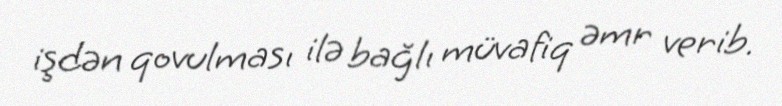
işdən qovulması ilə bağlı müvafiq əmr verib.